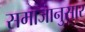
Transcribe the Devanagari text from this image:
समाजानुसार